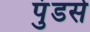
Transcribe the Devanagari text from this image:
पुंडसे